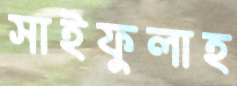
সাইফুলাহ